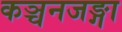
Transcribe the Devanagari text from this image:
कञ्चनजङ्गा